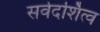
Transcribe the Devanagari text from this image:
सर्वदर्शित्व